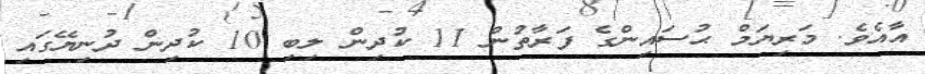
އާއެވެ. މަރިޔަމް ޙުސައިންގެ ފަރާތުން 11 ކުދިން ލިބި 10 ކުދިން ދުނިޔޭގައި